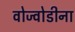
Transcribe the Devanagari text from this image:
वोज्वोडीना